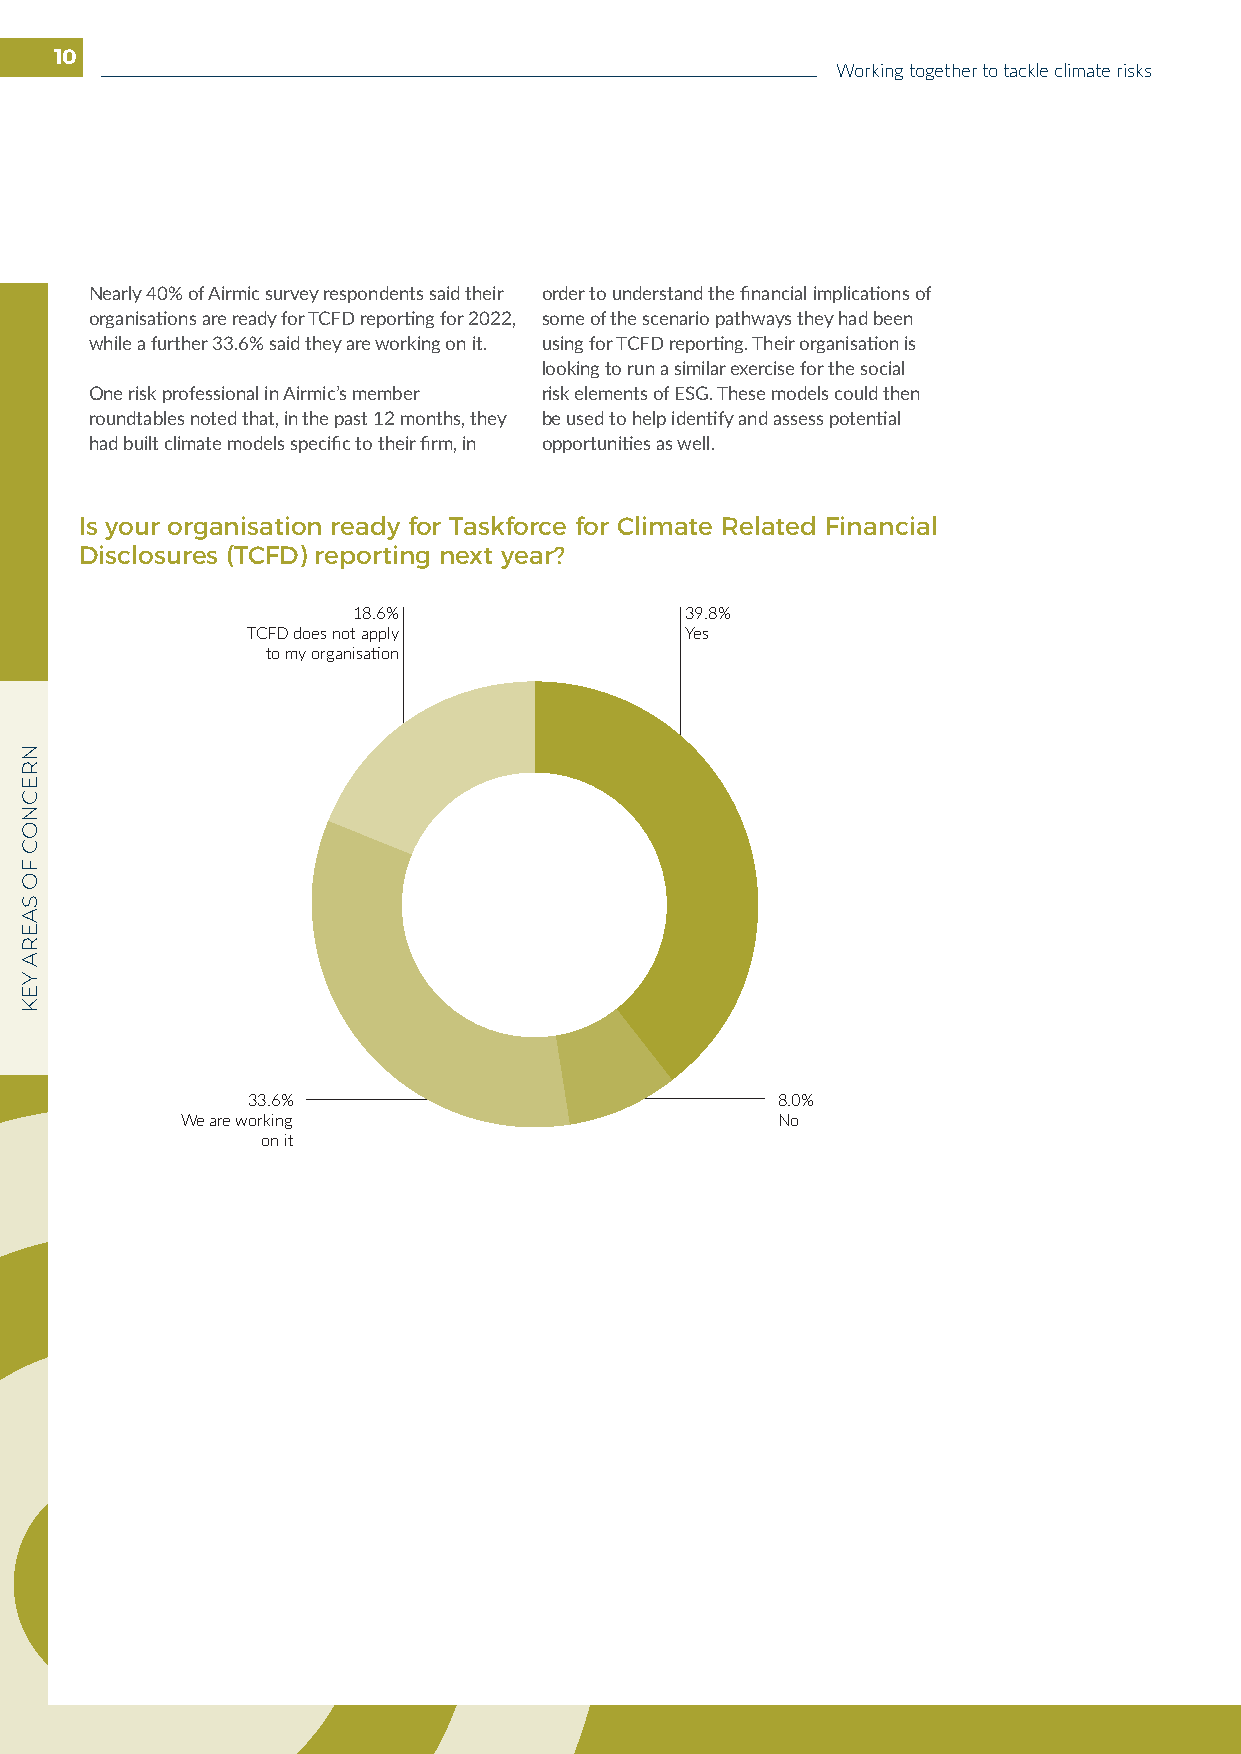
10
 Working together to tackle climate risks
 Nearly 40% of Airmic survey respondents said their order to understand the financial implications of
 organisations are ready for TCFD reporting for 2022, some of the scenario pathways they had been
 while a further 33.6% said they are working on it. using for TCFD reporting. Their organisation is
 looking to run a similar exercise for the social
 One risk professional in Airmic’s member risk elements of ESG. These models could then
 roundtables noted that, in the past 12 months, they be used to help identify and assess potential
 had built climate models specific to their firm, in opportunities as well.
 Is your organisation ready for Taskforce for Climate Related Financial
 Disclosures (TCFD) reporting next year?
 18.6%                 39.8%
 TCFD does not apply          Yes
 to my organisation
 33.6%                              8.0%
 We are working                         No
 on it
 NRECNOC
 FO
 SAERA
 YEK